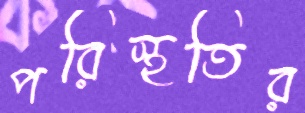
পরিস্থতির